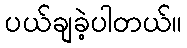
ပယ်ချခဲ့ပါတယ်။